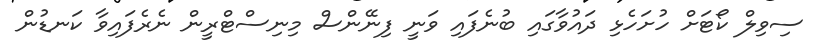
ސިވިލް ކޯޓަށް ހުށަހެޅި ދައުވާގައި ބުނެފައި ވަނީ ފިނޭންސް މިނިސްޓްރީން ނެރެފައިވާ ކަނޑުން